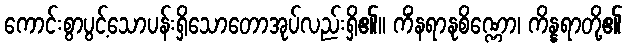
ကောင်းစွာပွင့်သောပန်းရှိသောတောအုပ်လည်းရှိ၏။ ကိံနရာနုစိဏ္ဏော၊ ကိန္နရာတို့၏